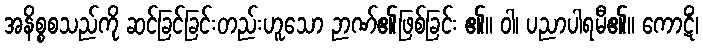
အနိစ္စစသည်ကို ဆင်ခြင်ခြင်းတည်းဟူသော ဉာဏ်၏ဖြစ်ခြင်း ၏။ ဝါ၊ ပညာပါရမီ၏။ ကောဋိံ၊